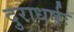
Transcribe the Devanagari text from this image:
दुराधर्षः